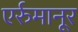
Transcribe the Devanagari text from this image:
एर्रुमानूर